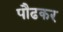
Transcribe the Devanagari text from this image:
पौढकर